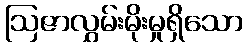
ဩဇာလွှမ်းမိုးမှုရှိသော